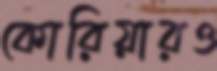
কোরিয়ারও